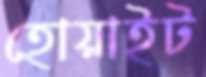
হোয়াইট